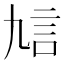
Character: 𧥠